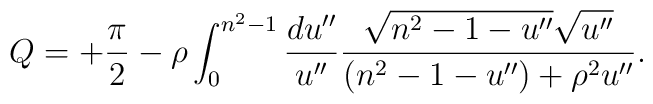
Q =+{\pi\over2} -  \rho \int_0^{n^2-1} {d u''\over u''}{\sqrt{n^2-1-u''} \sqrt{u''} \over  (n^2-1-u'') +\rho^2 u'' }.